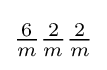
{\tfrac {6}{m}}{\tfrac {2}{m}}{\tfrac {2}{m}}